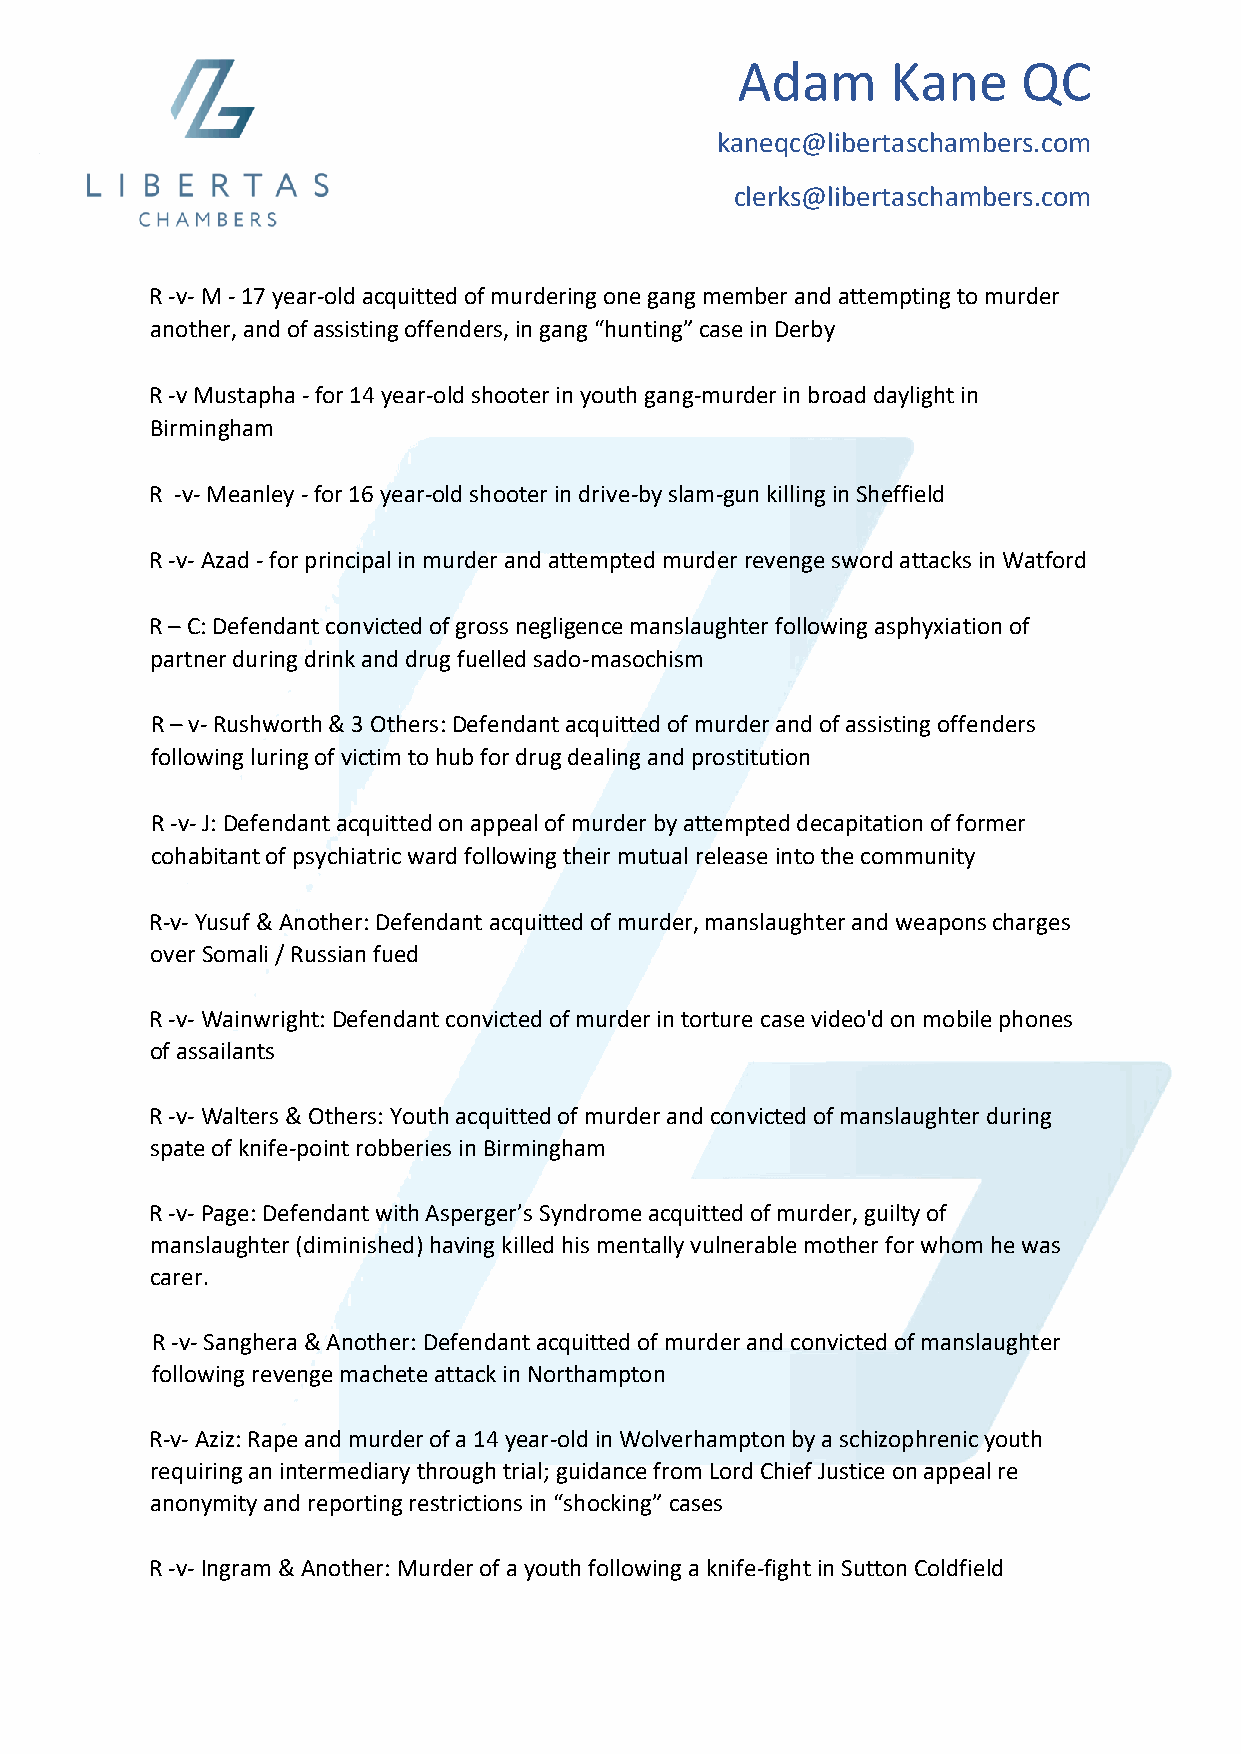
Adam      Kane     QC
 kaneqc@libertaschambers.com
 clerks@libertaschambers.com
 R -v- M - 17 year-old acquitted of murdering one gang member and attempting to murder
 another, and of assisting offenders, in gang “hunting” case in Derby
 R -v Mustapha - for 14 year-old shooter in youth gang-murder in broad daylight in
 Birmingham
 R -v- Meanley - for 16 year-old shooter in drive-by slam-gun killing in Sheffield
 R -v- Azad - for principal in murder and attempted murder revenge sword attacks in Watford
 R – C: Defendant convicted of gross negligence manslaughter following asphyxiation of
 partner during drink and drug fuelled sado-masochism
 R – v- Rushworth & 3 Others: Defendant acquitted of murder and of assisting offenders
 following luring of victim to hub for drug dealing and prostitution
 R -v- J: Defendant acquitted on appeal of murder by attempted decapitation of former
 cohabitant of psychiatric ward following their mutual release into the community
 R-v- Yusuf & Another: Defendant acquitted of murder, manslaughter and weapons charges
 over Somali / Russian fued
 R -v- Wainwright: Defendant convicted of murder in torture case video'd on mobile phones
 of assailants
 R -v- Walters & Others: Youth acquitted of murder and convicted of manslaughter during
 spate of knife-point robberies in Birmingham
 R -v- Page: Defendant with Asperger’s Syndrome acquitted of murder, guilty of
 manslaughter (diminished) having killed his mentally vulnerable mother for whom he was
 carer.
 R -v- Sanghera & Another: Defendant acquitted of murder and convicted of manslaughter
 following revenge machete attack in Northampton
 R-v- Aziz: Rape and murder of a 14 year-old in Wolverhampton by a schizophrenic youth
 requiring an intermediary through trial; guidance from Lord Chief Justice on appeal re
 anonymity and reporting restrictions in “shocking” cases
 R -v- Ingram & Another: Murder of a youth following a knife-fight in Sutton Coldfield